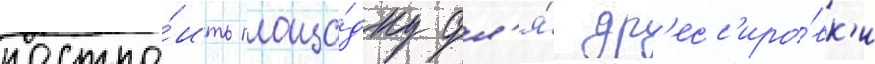
постро́ить площа́дку дл'я́ др'есс'иро́вк'и